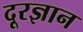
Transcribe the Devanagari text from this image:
दूरज्ञान